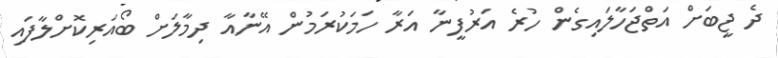
ދެ ޖީބަށް އަތްޖަހާލައިގެން ހުރެ އަރުފީނާ އަރާ ހަމަކުރަމުން އޭނާއާ ދިމާލަށް ބޯއަރިކޮށްލާފައި